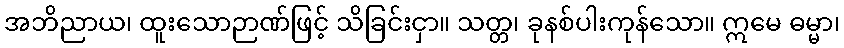
အဘိညာယ၊ ထူးသောဉာဏ်ဖြင့် သိခြင်းငှာ။ သတ္တ၊ ခုနစ်ပါးကုန်သော။ ဣမေ ဓမ္မာ၊